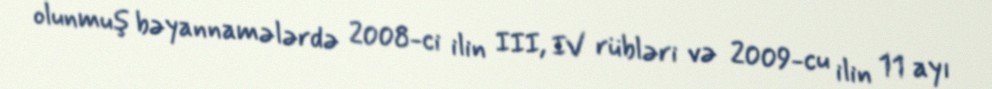
olunmuş bəyannamələrdə 2008-ci ilin III, IV rübləri və 2009-cu ilin 11 ayı